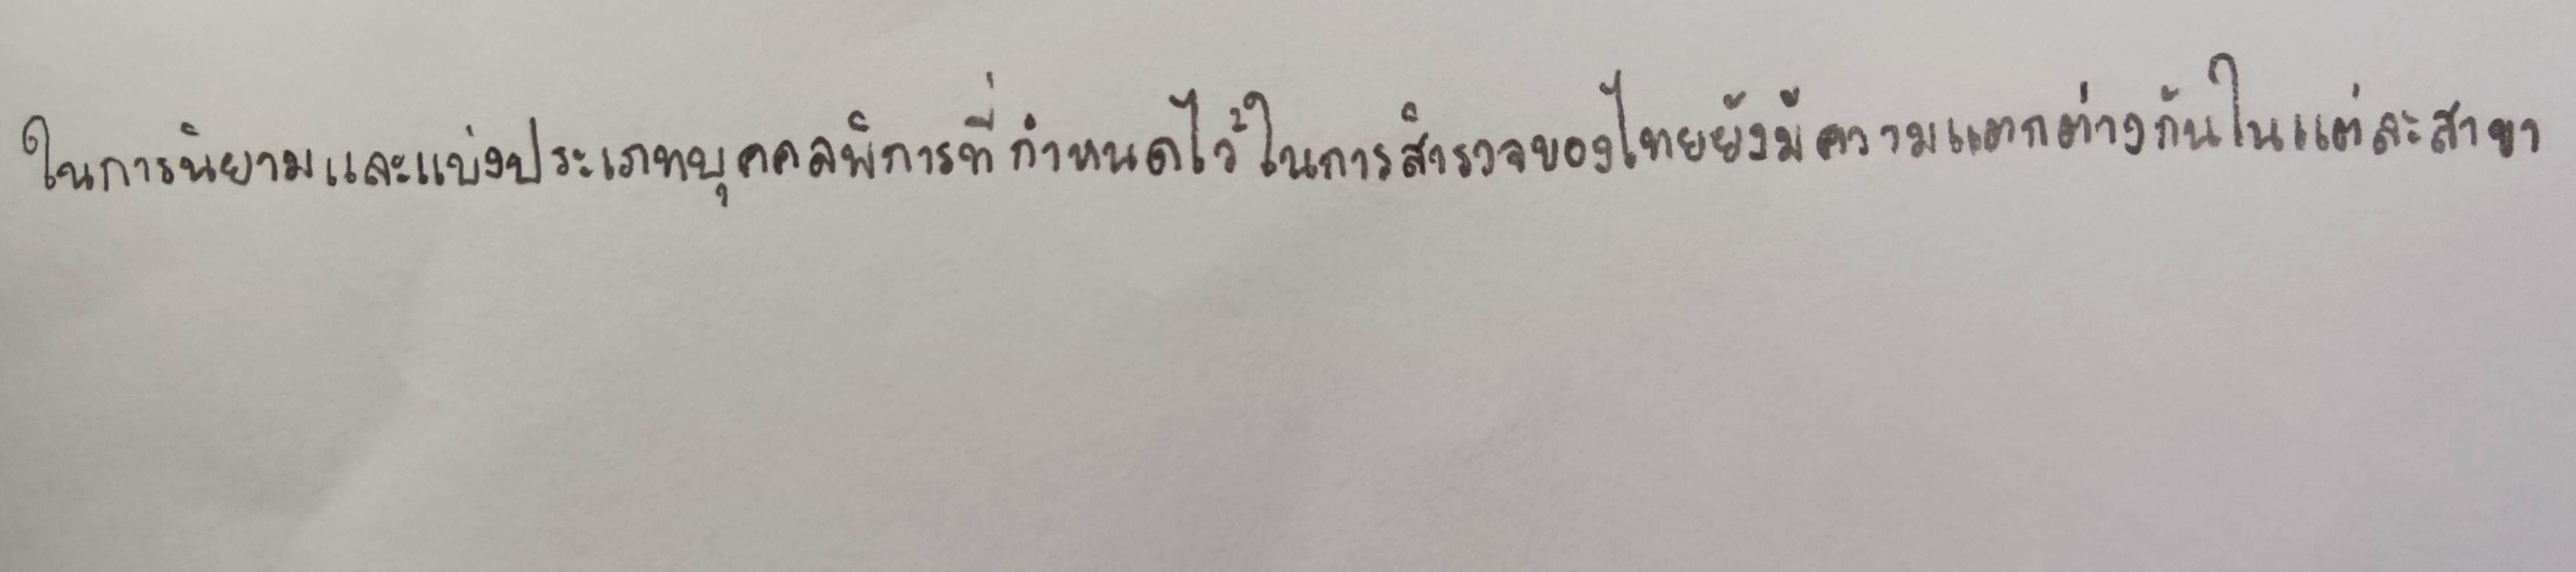
ในการนิยามและแบ่งประเภทบุคคลพิการที่กำหนดไว้ในการสำรวจของไทยยังมีความแตกต่างกันในแต่ละสาขา